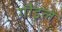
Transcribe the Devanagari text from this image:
गौड्ले